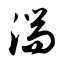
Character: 湍